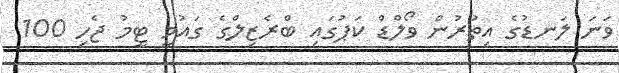
ވަނަ ލަނޑުގެ އިތުރުން ވޯލްޑް ކަޕުގައި ބްރެޒިލްގެ ގައުމީ ޓީމު ޖެހި 100